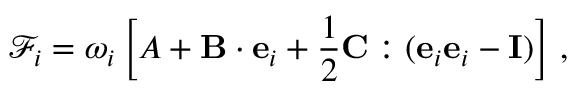
\mathcal { F } _ { i } = \omega _ { i } \left[ A + \mathbf { B } \cdot \mathbf { e } _ { i } + \frac { 1 } { 2 } \mathbf { C } : ( \mathbf { e } _ { i } \mathbf { e } _ { i } - \mathbf { I } ) \right] \, ,